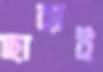
ছাহাই